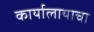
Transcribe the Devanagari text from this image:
कार्यालायाचा